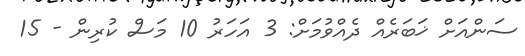
ސަންއަށް ޚަބަރެއް ދެއްވުމަށް: 3 އަހަރު 10 މަސް ކުރިން - 15